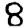
Digit: 8